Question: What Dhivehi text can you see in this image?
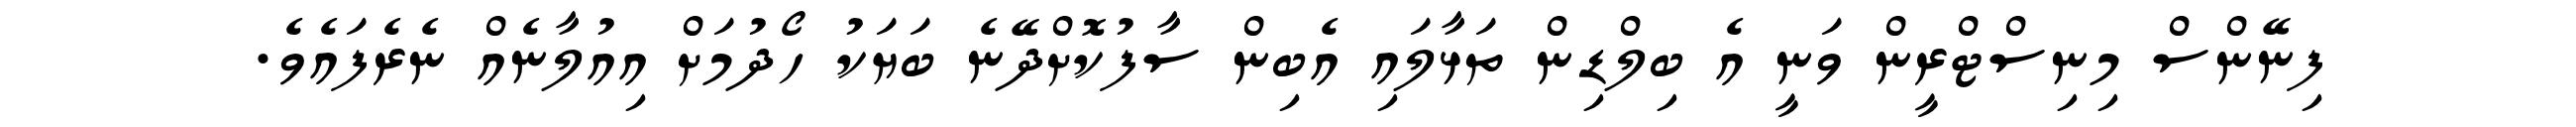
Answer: ފިނޭންސް މިނިސްޓްރީން ވަނީ އެ ބިލްޑިން ތަޅާލައި އެބިން ސާފުކޮށްދޭނެ ބަޔަކު ހޯދުމަށް އިއުލާނެއް ނެރެފައެވެ.